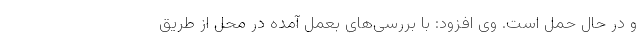
و در حال حمل است. وی افزود: با بررسی‌های بعمل آمده در محل از طریق